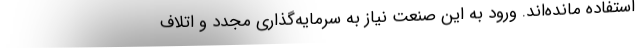
استفاده مانده‌اند. ورود به این‌ صنعت نیاز به سرمایه‌گذاری مجدد و اتلاف